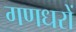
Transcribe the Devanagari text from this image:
गणधरों